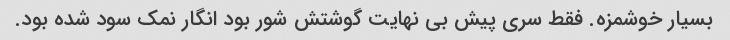
بسیار خوشمزه. فقط سری پیش بی نهایت گوشتش شور بود انگار نمک سود شده بود.